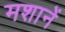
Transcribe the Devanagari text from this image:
मशानें